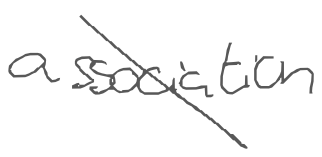
Text: association
Cross-out: diagonal
Writing tool: digital_gray